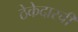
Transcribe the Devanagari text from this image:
ठेकेदारची